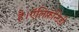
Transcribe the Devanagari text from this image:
है।ऍलिफ़ॅन्टिडी